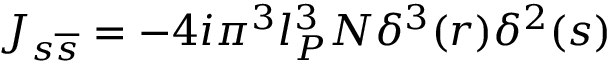
J _ { s \overline { { { s } } } } = - 4 i \pi ^ { 3 } l _ { P } ^ { 3 } N \delta ^ { 3 } ( r ) \delta ^ { 2 } ( s )